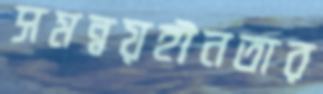
সমন্বয়হীনতার